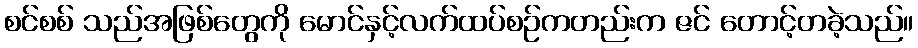
စင်စစ် သည်အဖြစ်တွေကို မောင်နှင့်လက်ထပ်စဉ်ကတည်းက ဇင် တောင့်တခဲ့သည်။